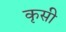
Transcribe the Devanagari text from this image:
कृसी